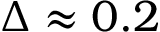
\Delta \approx 0 . 2